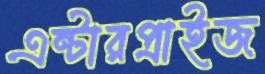
এন্টারপ্রাইজ